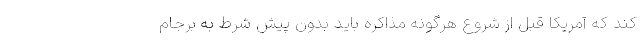
کند که آمریکا قبل از شروع هرگونه مذاکره باید بدون پیش شرط به برجام